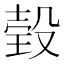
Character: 㲄